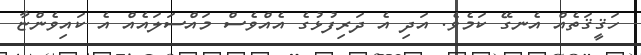
ހަޤީޤަތެއް އެނގޭ ކަމެވެ. އަދި އެ ދަރިފުޅުގެ އެއްވެސް މައްސަލައެއް އެ ކައިވެންޏާ